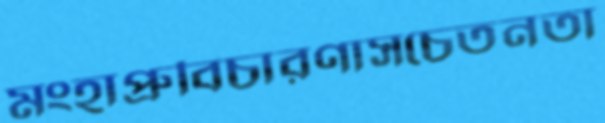
মংহাপ্রুবিচারণাসচেতনতা